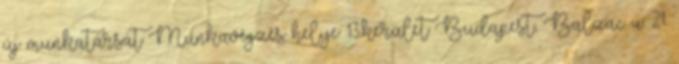
új munkatársát Munkavégzés helye: 13.kerület Budapest, Balzac u. 21.